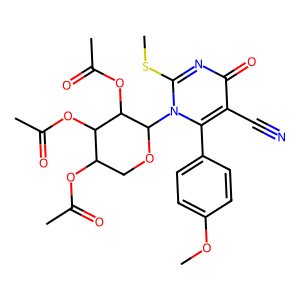
SMILES: COc1ccc(-c2c(C#N)c(=O)nc(SC)n2C2OCC(OC(C)=O)C(OC(C)=O)C2OC(C)=O)cc1
Inhibits HIV replication: No